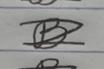
Signature authenticity: forged